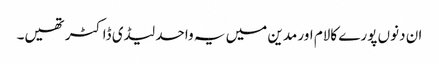
ان دنوں پورے کالام اور مدین میں یہ واحد لیڈی ڈاکٹر تھیں۔